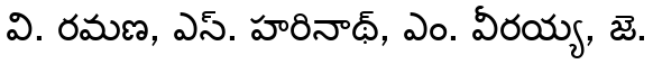
వి. రమణ, ఎస్. హరినాథ్, ఎం. వీరయ్య, జె.